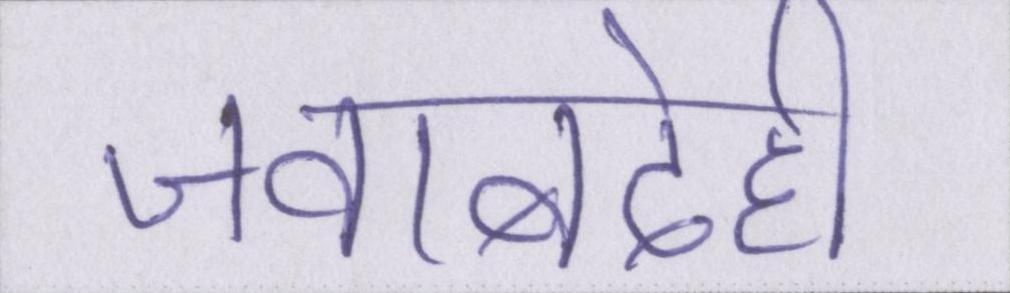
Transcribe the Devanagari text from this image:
जवाबदेही